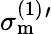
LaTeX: \sigma_{\mathrm{m}}^{(1)}{}^{\prime}